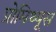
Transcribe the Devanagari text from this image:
प्रोमिथ्यूस